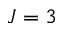
J = 3